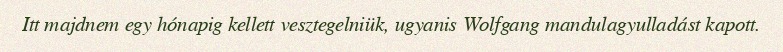
Itt majdnem egy hónapig kellett vesztegelniük, ugyanis Wolfgang mandulagyulladást kapott.